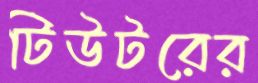
টিউটরের